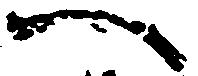
へ